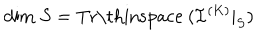
LaTeX: \mathrm { d i m } \ S = \mathrm { T r \thinspace ~ } ( { \mathcal I } ^ { ( K ) } | _ { S } )